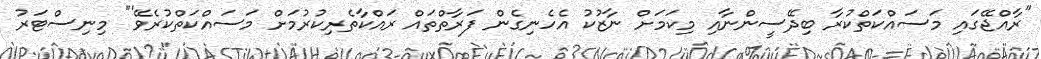
"ރާއްޖޭގައި މަސައްކަތްކުރާ ބިދޭސީންނާއި މިކަމަށް ނާޒުކު އެހެނިގެން ފަރާތްތައް ރައްކާތެރިކުރުމަށް މަސައްކަތްކުރެވޭ'" މިނިސްޓަރު